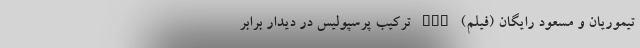
تیموریان و مسعود رایگان (فیلم) nan ترکیب پرسپولیس در دیدار برابر